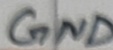
Text: GND